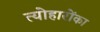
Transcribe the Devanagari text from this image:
त्योहारोंका